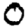
Digit: 0